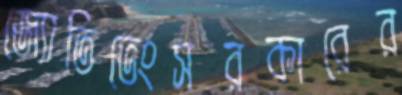
জ্যোতিভেংসরকারের